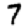
Digit: 7